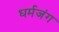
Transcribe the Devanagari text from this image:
धर्मजंग